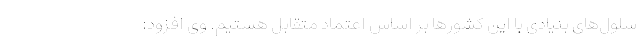
سلول‌های بنیادی با این كشورها بر اساس اعتماد متقابل هستیم. وی افزود: